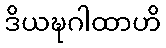
ဒိယဍ္ဎဂါထာဟိ